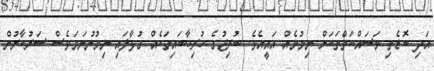
އަދި ބޮޑެތި މަސައްކަތްތަކަށް ނިމުމެއް އައީއެވެ. ބުރިޖުގެ ހުރިހާބައިތަކެއް ގުޅާލައި ނިމުނުނަމަވެސް ސަރުކާރުން